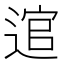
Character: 逭